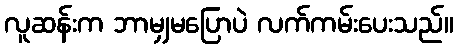
လူဆန်းက ဘာမျှမပြောပဲ လက်ကမ်းပေးသည်။